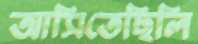
আসিতেছিলি